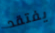
يفتقد